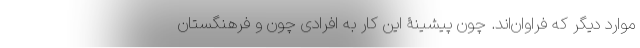
موارد دیگر که فراوان‌اند. چون پیشینۀ این کار به افرادی چون و فرهنگستان